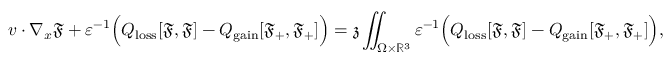
\begin{array} { r } { v \cdot \nabla _ { x } \mathfrak { F } + \varepsilon ^ { - 1 } \Big ( Q _ { \mathrm { l o s s } } [ \mathfrak { F } , \mathfrak { F } ] - Q _ { \mathrm { g a i n } } [ \mathfrak { F } _ { + } , \mathfrak { F } _ { + } ] \Big ) = \mathfrak { z } \displaystyle \iint _ { \Omega \times \mathbb { R } ^ { 3 } } \varepsilon ^ { - 1 } \Big ( Q _ { \mathrm { l o s s } } [ \mathfrak { F } , \mathfrak { F } ] - Q _ { \mathrm { g a i n } } [ \mathfrak { F } _ { + } , \mathfrak { F } _ { + } ] \Big ) , } \end{array}